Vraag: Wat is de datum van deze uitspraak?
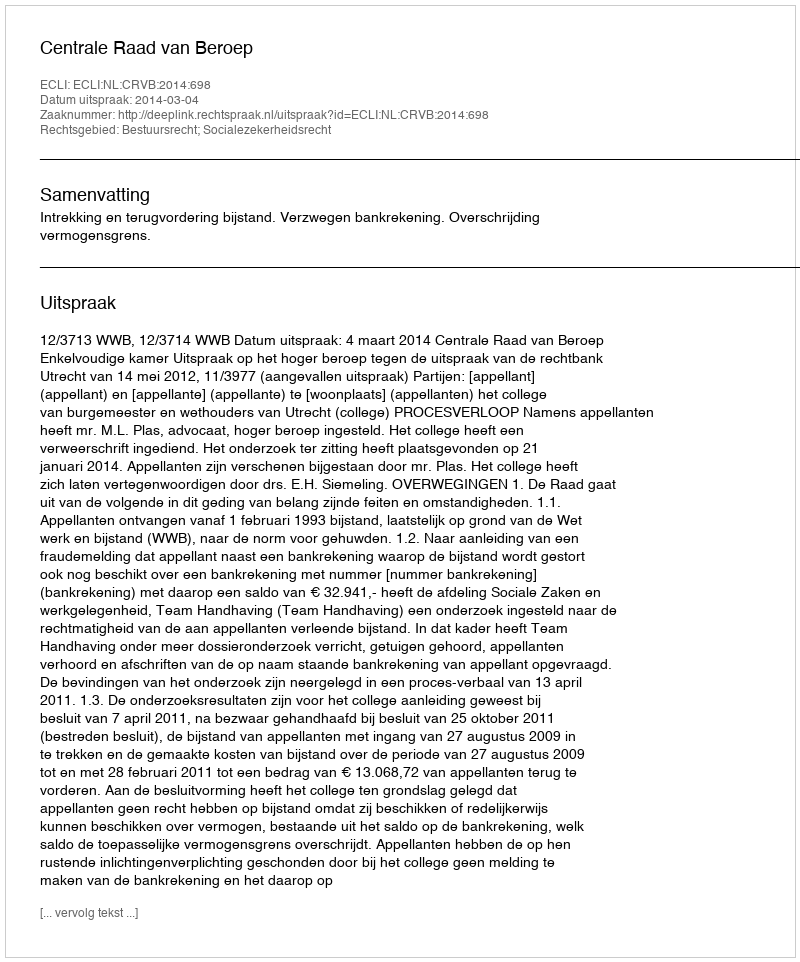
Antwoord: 2014-03-04